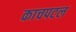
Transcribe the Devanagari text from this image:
काचपटल